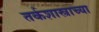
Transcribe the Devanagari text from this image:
तर्कशास्त्राच्या